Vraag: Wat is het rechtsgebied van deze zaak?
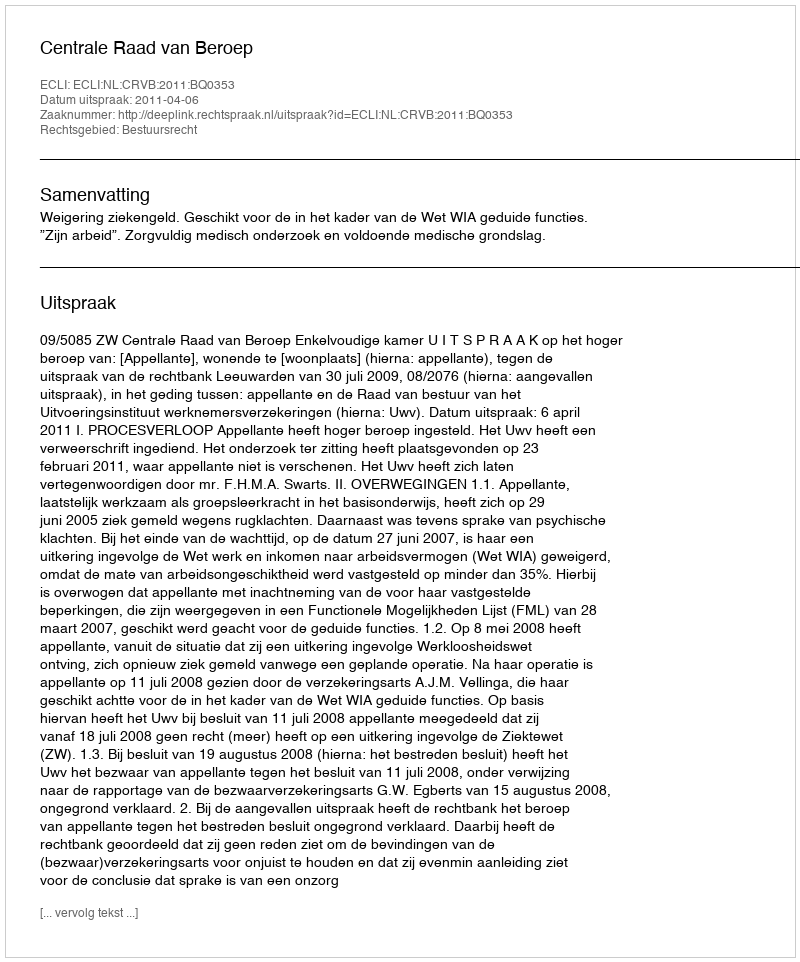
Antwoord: Bestuursrecht